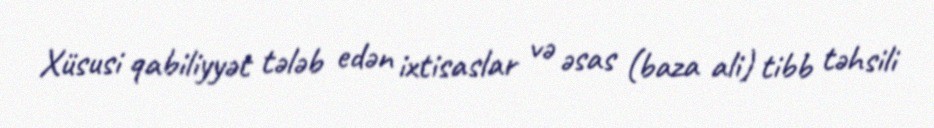
Xüsusi qabiliyyət tələb edən ixtisaslar və əsas (baza ali) tibb təhsili